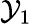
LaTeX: \mathcal{Y}_{1}